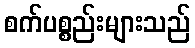
စက်ပစ္စည်းများသည်